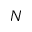
N